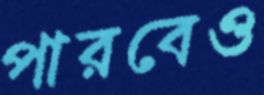
পারবেও